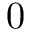
0